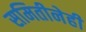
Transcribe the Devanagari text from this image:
समितीनेही